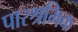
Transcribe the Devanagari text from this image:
पारश्रमिक